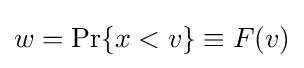
w=\Pr\{x<v\}\equiv F(v)